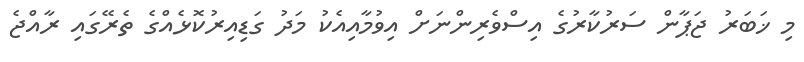
މި ޚަބަރު ޖަޕާން ސަރުކާރުގެ އިސްވެރިންނަށް އިވުމާއިއެކު މަދު ގަޑިއިރުކޮޅެއްގެ ތެރޭގައި ރާއްޖެ